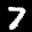
Label: 7